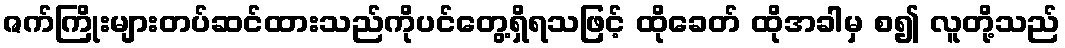
ဇက်ကြိုးများတပ်ဆင်ထားသည်ကိုပင်တွေ့ရှိရသဖြင့် ထိုခေတ် ထိုအခါမှ စ၍ လူတို့သည်